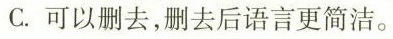
C.可以删去，删去后语言更简洁。